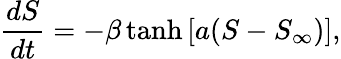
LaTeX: \frac{dS}{dt}=-\beta\operatorname{tanh}{\left[a(S-S_{\infty})\right]},